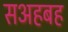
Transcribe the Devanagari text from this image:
सअहबह